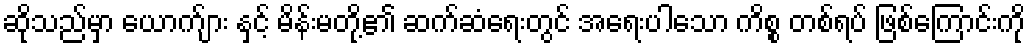
ဆိုသည်မှာ ယောက်ျား နှင့် မိန်းမတို့၏ ဆက်ဆံရေးတွင် အရေးပါသော ကိစ္စ တစ်ရပ် ဖြစ်ကြောင်းကို